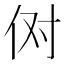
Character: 𫢘